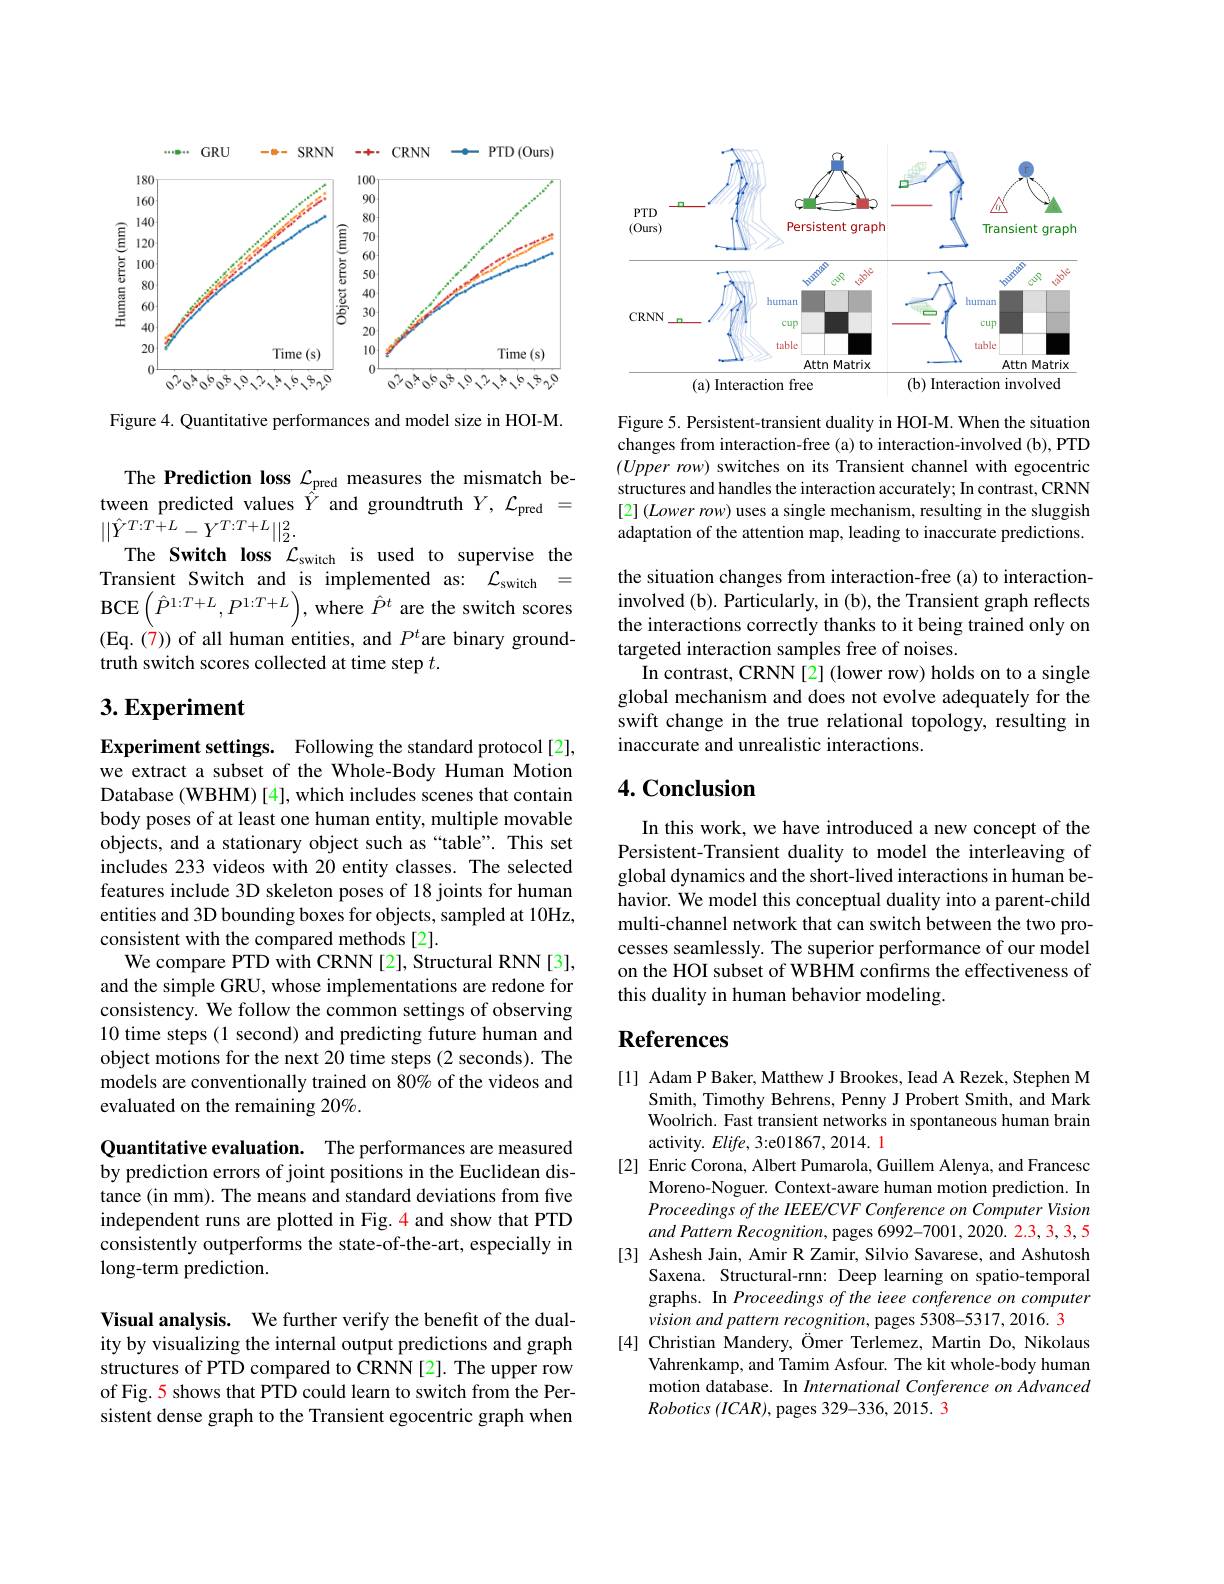
<FigureHere>

Figure 4. Quantitative performances and model size in HOI-M.

The Prediction loss $\mathcal{L}_\mathrm{z}$pred measures the mismatch between predicted values $\hat{\hat{Y}}$ and groundtruth $Y,\mathcal{L}_\mathrm{pred}=$ $||\hat{Y}^{T:T+L}-Y^{T:T+L}||_{2}^{2}.$
The Switch loss $\mathcal{L}_\mathrm{switch}$ is used to supervise the Transient Switch and is implemented as: $\mathcal{L}_\mathrm{switch}=$ $\operatorname{BCE}\left(\hat{P}^{1:T+L},P^{1:T+L}\right)$,where $\hat{P}^t$ are the switch scores (Eq. (7)) of all human entities, and $P^t$are binary groundtruth switch scores collected at time step $t.$

## $3. \textbf{Experiment}$

Experiment settings. Following the standard protocol[2], we extract a subset of the Whole-Body Human Motion Database (WBHM) [4], which includes scenes that contain body poses of at least one human entity, multiple movable objects, and a stationary object such as “table”. This set includes 233 videos with 20 entity classes. The selected features include 3D skeleton poses of 18 joints for human entities and 3D bounding boxes for objects, sampled at 10Hz, consistent with the compared methods [2].
We compare PTD with CRNN[2], Structural RNN[3], and the simple GRU, whose implementations are redone for consistency. We follow the common settings of observing 10 time steps (1 second) and predicting future human and object motions for the next 20 time steps (2 seconds). The models are conventionally trained on 80% of the videos and evaluated on the remaining 20%.

Quantitative evaluation. The performances are measured by prediction errors of joint positions in the Euclidean distance (in mm). The means and standard deviations from five independent runs are plotted in Fig. 4 and show that PTD consistently outperforms the state-of-the-art, especially in long-term prediction.

Visual analysis. We further verify the benefit of the duality by visualizing the internal output predictions and graph structures of PTD compared to CRNN [2]. The upper row of Fig. 5 shows that PTD could learn to switch from the Persistent dense graph to the Transient egocentric graph when

<FigureHere>

Figure 5. Persistent-transient duality in HOI-M. When the situation changes from interaction-free (a) to interaction-involved (b), PTD $( Upper\textit{ row) switches on its Transient channel with egocentric}$ structures and handles the interaction accurately; In contrast, CRNN $[ 2] ( Lower\textit{row) uses a single mechanism, resulting in the sluggish}$ adaptation of the attention map, leading to inaccurate predictions. the situation changes from interaction-free (a) to interactioninvolved (b). Particularly, in (b), the Transient graph reflects the interactions correctly thanks to it being trained only on targeted interaction samples free of noises.
In contrast, CRNN [2] (lower row) holds on to a single global mechanism and does not evolve adequately for the swift change in the true relational topology, resulting in inaccurate and unrealistic interactions.

## 4. Conclusion

In this work, we have introduced a new concept of the Persistent-Transient duality to model the interleaving of global dynamics and the short-lived interactions in human behavior. We model this conceptual duality into a parent-child multi-channel network that can switch between the two processes seamlessly. The superior performance of our model on the HOI subset of WBHM confirms the effectiveness of this duality in human behavior modeling.

## References

[1] Adam P Baker, Matthew J Brookes, Iead A Rezek, Stephen M
Smith, Timothy Behrens, Penny J Probert Smith, and Mark Woolrich. Fast transient networks in spontaneous human brain activity. Elife, 3:e01867, 2014. 1
[2] Enric Corona, Albert Pumarola, Guillem Alenya, and Francesc
Moreno-Noguer. Context-aware human motion prediction. In Proceedings of the IEEE/CVF Conference on Computer Vision and Pattern Recognition, pages 6992-7001, 2020. 2.3, 3, 5
[3] Ashesh Jain, Amir R Zamir, Silvio Savarese, and Ashutosh
Saxena. Structural-rnn: Deep learning on spatio-temporal graphs. In Proceedings of the ieee conference on computer vision and pattern recognition, pages 5308-5317, 2016. 3
[4] Christian Mandery, Ömer Terlemez, Martin Do, Nikolaus
Vahrenkamp, and Tamim Asfour. The kit whole-body human motion database. In International Conference on Advanced $Robotics\left(ICAR\right)$,pages 329-336, 2015. 3